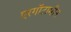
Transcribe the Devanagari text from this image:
एरगॉटामीन